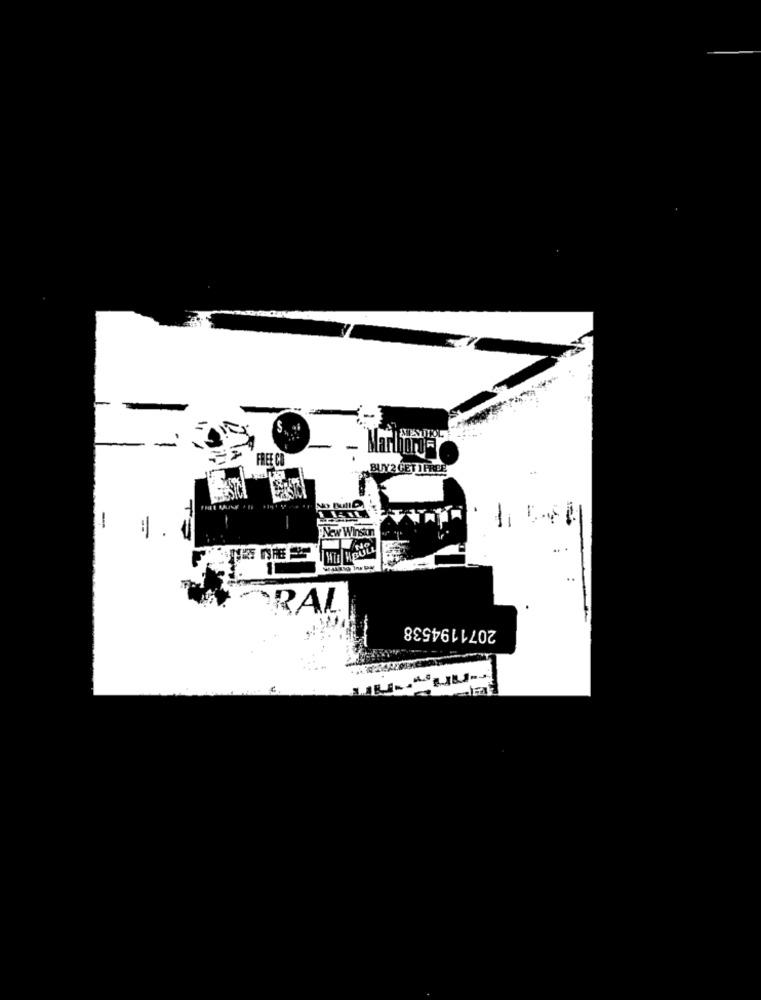
MarinOrOF
FREE CO
BUY2 GET 1 FREE
New Winston
Hid HOUL
RAL
2071194538